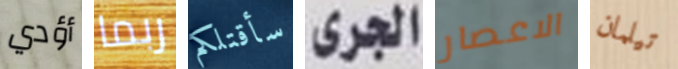
أؤدي ربما سأقتلكم الجرى الاعصار تيلمان